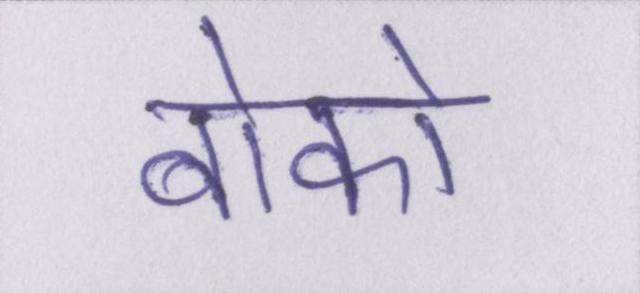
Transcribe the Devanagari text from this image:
बोको